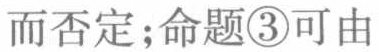
而否定;命题\textcircled{3}可由